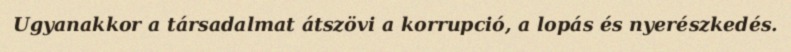
Ugyanakkor a társadalmat átszövi a korrupció, a lopás és nyerészkedés.